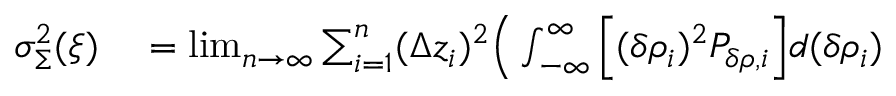
\begin{array} { r l } { \sigma _ { \Sigma } ^ { 2 } ( \boldsymbol { \xi } ) } & { { } = \operatorname* { l i m } _ { n \to \infty } \sum _ { i = 1 } ^ { n } ( \Delta z _ { i } ) ^ { 2 } \Big ( \int _ { - \infty } ^ { \infty } \Big [ ( \delta \rho _ { i } ) ^ { 2 } P _ { \delta \rho , i } \Big ] d ( \delta \rho _ { i } ) } \end{array}